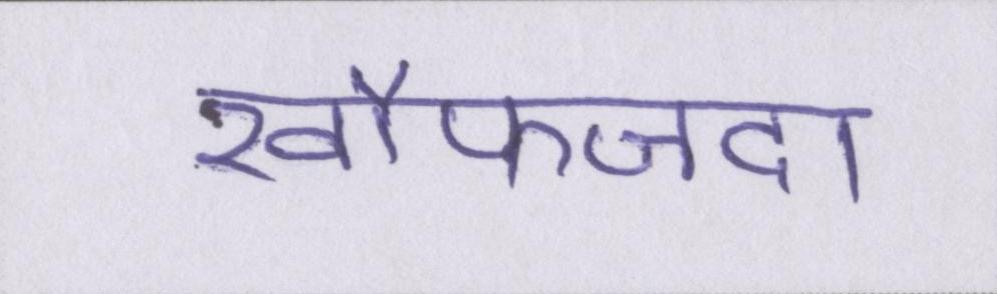
खौफजदा